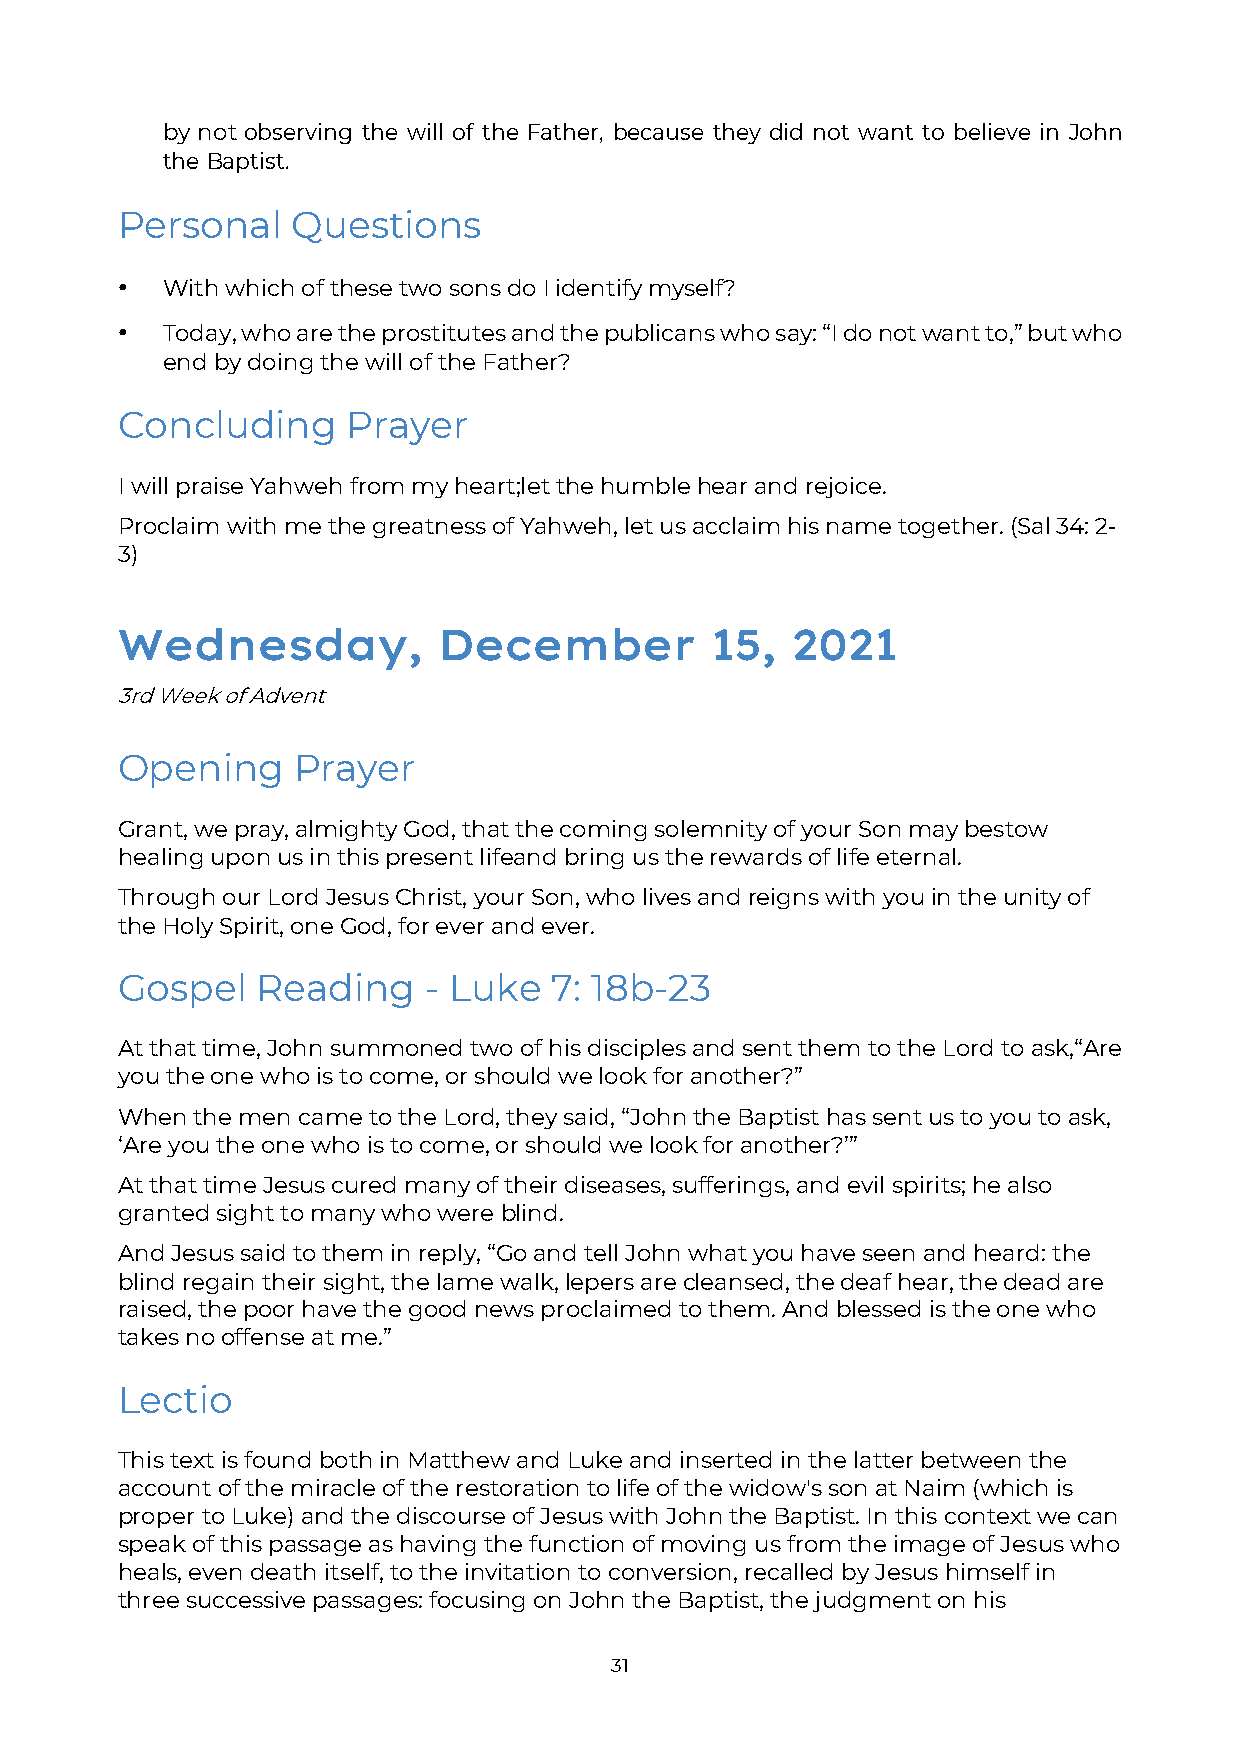
by not observing the will of the Father, because they did not want to believe in John
 the Baptist.
 Personal   Questions
 •  With which of these two sons do I identify myself?
 •  Today, who are the prostitutes and the publicans who say: “I do not want to,” but who
 end by doing the will of the Father?
 Concluding     Prayer
 I will praise Yahweh from my heart; let the humble hear and rejoice.
 Proclaim with me the greatness of Yahweh, let us acclaim his name together. (Sal 34: 2-
 3)
 Wednesday,           December          15,  2021
 3rd Week of Advent
 Opening    Prayer
 Grant, we pray, almighty God, that the coming solemnity of your Son may bestow
 healing upon us in this present life and bring us the rewards of life eternal.
 Through our Lord Jesus Christ, your Son, who lives and reigns with you in the unity of
 the Holy Spirit, one God, for ever and ever.
 Gospel   Reading    - Luke  7: 18b-23
 At that time, John summoned two of his disciples and sent them to the Lord to ask, “Are
 you the one who is to come, or should we look for another?”
 When the men came to the Lord, they said, “John the Baptist has sent us to you to ask,
 ‘Are you the one who is to come, or should we look for another?’”
 At that time Jesus cured many of their diseases, sufferings, and evil spirits; he also
 granted sight to many who were blind.
 And Jesus said to them in reply, “Go and tell John what you have seen and heard: the
 blind regain their sight, the lame walk, lepers are cleansed, the deaf hear, the dead are
 raised, the poor have the good news proclaimed to them. And blessed is the one who
 takes no offense at me.”
 Lectio
 This text is found both in Matthew and Luke and inserted in the latter between the
 account of the miracle of the restoration to life of the widow's son at Naim (which is
 proper to Luke) and the discourse of Jesus with John the Baptist. In this context we can
 speak of this passage as having the function of moving us from the image of Jesus who
 heals, even death itself, to the invitation to conversion, recalled by Jesus himself in
 three successive passages: focusing on John the Baptist, the judgment on his
 31